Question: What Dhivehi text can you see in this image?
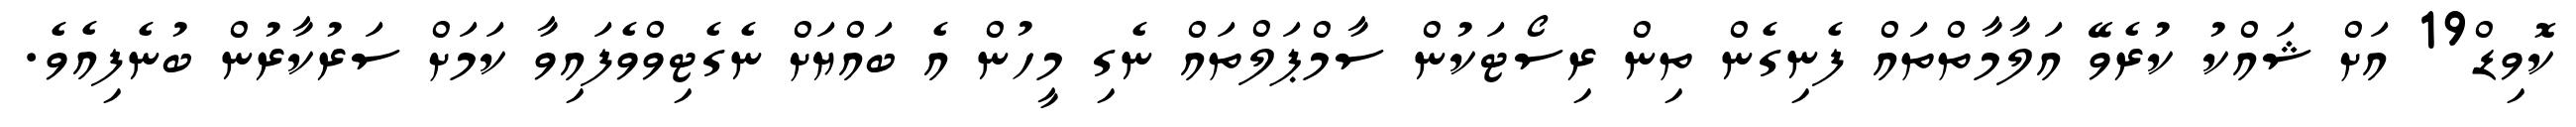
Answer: ކޮވިޑް19 އަށް ޝައްކު ކުރެވޭ އަލާމާތްތައް ފެނިގެން ތިން ރިސޯޓަކުން ސާމްޕަލްތައް ނެގި މީހުން އެ ބައްޔަށް ނެގެޓިވްވެފައިވާ ކަމަށް ސަރުކާރުން ބުނެފިއެވެ.